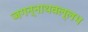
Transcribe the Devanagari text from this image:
जगन्नाथवल्लभ